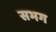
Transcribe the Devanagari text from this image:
सभग